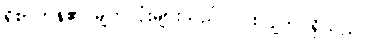
ရိုစာဟန်၏ မျက်လုံးများသည် ပြူးလျက် ရှိသည်။